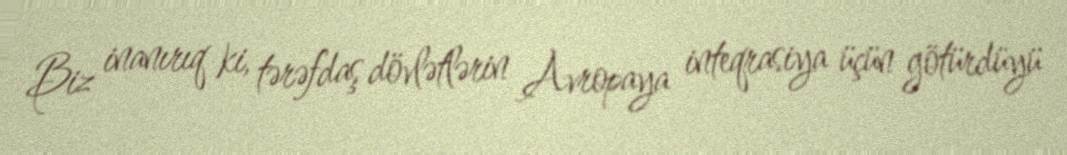
Biz inanırıq ki, tərəfdaş dövlətlərin Avropaya inteqrasiya üçün götürdüyü